Document type: Emphyteutic lease
Year: 1316
Scribe: Guillem de Vila
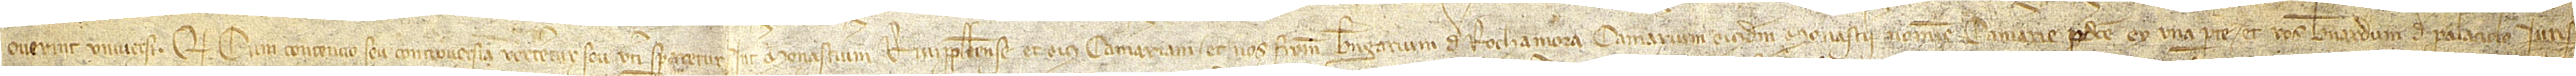
Noverint universi quod cum contencio seu controversia verteretur seu verti speraretur inter monasterium Rivippullense et eius camerariam et nos fratrem Berengarium de Rochamora, camerarium eiusdem monasterii, nomine camerarie predicte, ex una parte, et vos Bernardum de Palaciolo, iuris-